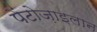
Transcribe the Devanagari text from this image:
पेंटोज़ाइलान